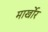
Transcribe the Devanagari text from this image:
मार्खोर